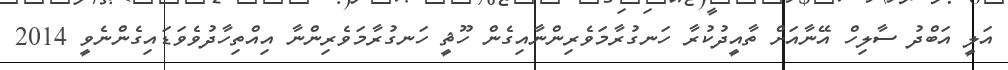
އަލީ އަބްދު ސާލިހް އޭނާއަށް ތާއީދުކުރާ ހަނގުރާމަވެރިންނާއިގެން ހޫޘީ ހަނގުރާމަވެރިންނާ އިއްތިހާދުވެވަޑައިގެންނެވީ 2014